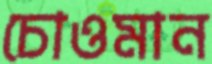
চোওমান